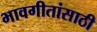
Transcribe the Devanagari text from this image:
भावगीतांसाठी